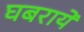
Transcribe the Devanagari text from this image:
घबरायें